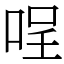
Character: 𠴔